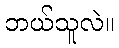
ဘယ်သူလဲ။